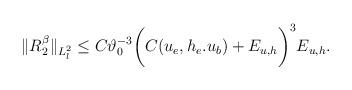
LaTeX: \begin{align*}\begin{aligned}\Vert R^\beta_2\Vert_{L^2_l} \leq C\vartheta_0^{-3}\bigg(C(u_e,h_e.u_b)+E_{u,h}\bigg)^3E_{u,h}.\end{aligned}\end{align*}